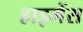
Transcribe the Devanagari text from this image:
हाइगेंस